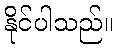
နိုင်ပါသည်။